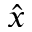
\hat { x }